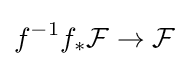
f^{-1}f_{*}{\mathcal {F}}\rightarrow {\mathcal {F}}